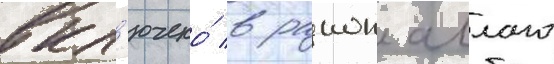
вкл'ючено́ в раион аллаго